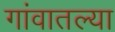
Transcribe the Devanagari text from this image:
गांवातल्या